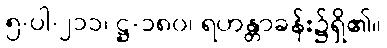
၅-ပါ-၂၁၁၊ ဋ္ဌ-၁၈၀၊ ရဟန္တာခန်း၌ရှိ၏။